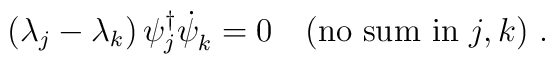
(\lambda_j - \lambda_k ) \, \psi_j^\dagger {\dot \psi}^{}_k = 0 ~~~{\rm (no~sum~in}~j,k{\rm )}~.